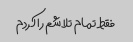
فقط تمام تلاشم را کردم